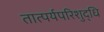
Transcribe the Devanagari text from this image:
तात्पर्यपरिशुद्धि